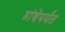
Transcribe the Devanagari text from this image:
डांबेपर्यंत